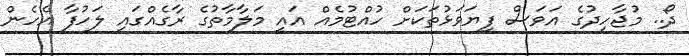
ދޯ.. މުޖާހިދުގެ އަވަސް ފިޔަވަޅުތަކަށް ހުއްޓުމެއް އައީ މަލާމާތުގެ ރާގެއްގައި ލަހުފާ އެހެން